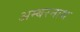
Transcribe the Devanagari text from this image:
अम्‍बरनाथ